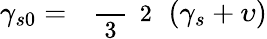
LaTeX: \gamma_{s0}=\mathrm{~\small~\displaystyle~\frac~{~3~}~{~2~}~}\left(\gamma_{s}+\upsilon\right)